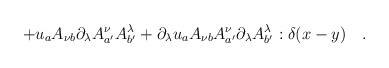
LaTeX: \begin{align*}+u_a A_{\nu b} \partial_\lambda A^\nu_{a'} A^\lambda_{b'}+\partial_\lambda u_a A_{\nu b} A^\nu_{a'} \partial_\lambda A^\lambda_{b'}:\delta(x-y) \quad .\end{align*}